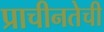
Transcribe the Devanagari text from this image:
प्राचीनतेची